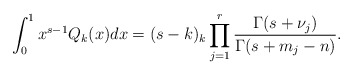
\begin{align*} \int_0^{1} x^{s-1} Q_k(x) dx = (s-k)_k \prod_{j=1}^r \frac{\Gamma(s+\nu_j)}{\Gamma(s+m_j-n)}.\end{align*}